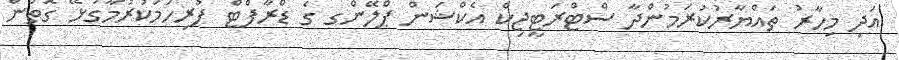
އަދި މިހާރު ތައްޔާރުކުރަމުންދާ ސްޓްރަޓީޖިކް އެކްޝަން ޕްލޭންގ ގެ ޑްރާފްޓް ފުރިހަމަކުރުމާގުޅޭ ގޮތުން